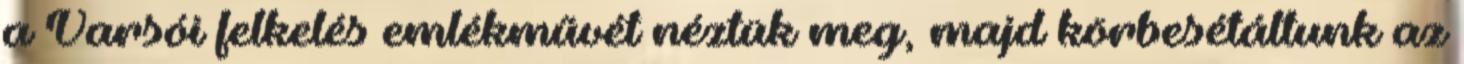
a Varsói felkelés emlékművét néztük meg, majd körbesétáltunk az